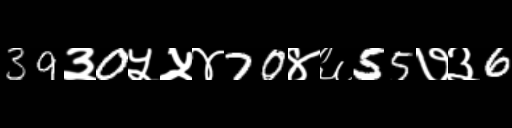
Text: 39३0५५४70४६55७३6